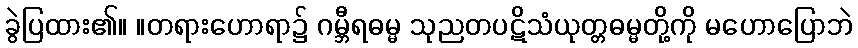
ခွဲပြထား၏။ ။တရားဟောရာ၌ ဂမ္ဘီရဓမ္မ သုညတပဋိသံယုတ္တဓမ္မတို့ကို မဟောပြောဘဲ